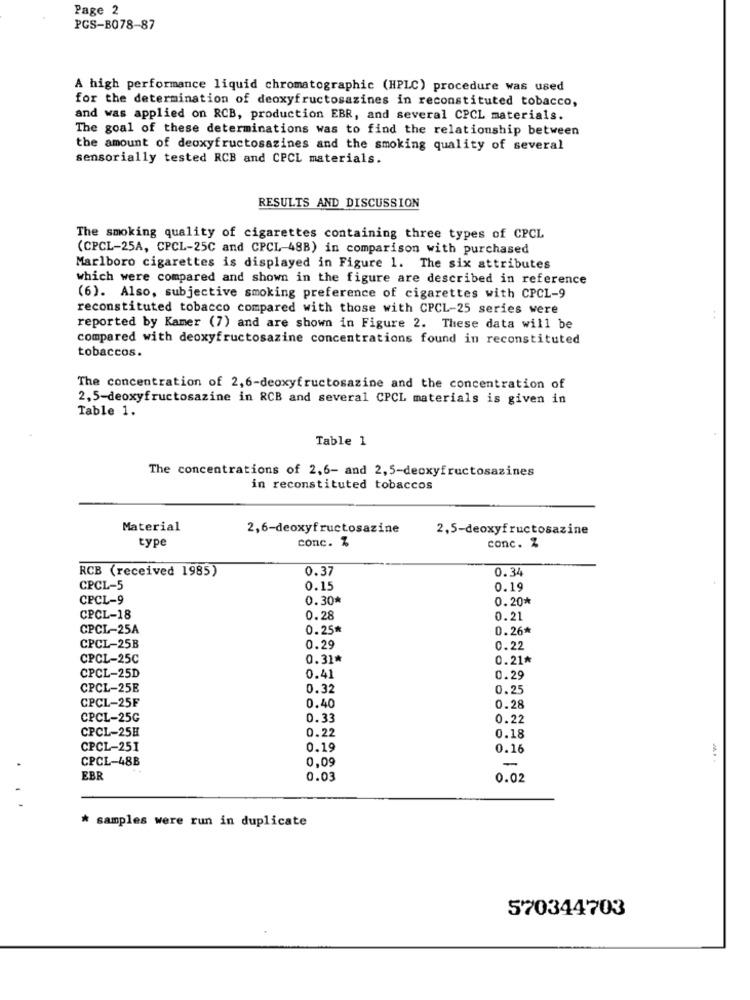
Page 2
PCS-B078-87
A high performance liquid chromatographic (HPLC) procedure was used
for the determination of deoxyfructosazines in reconstituted tobacco,
and was applied on RCB, production EBR, and several CPCL materials.
The goal of these determinations was to find the relationship between
the amount of deoxyfructosazines and the smoking quality of several
sensorially tested RCB and CPCL materials.
RESULTS AND DISCUSSION
The smoking quality of cigarettes containing three types of CPCL
(CPCL-25A, CPCL-25C and CPCL-488) in comparison with purchased
Marlboro cigarettes is displayed in Figure 1. The six attributes
which were compared and shown in the figure are described in reference
(6). Also, subjective smoking preference of cigarettes with CPCL-9
reconstituted tobacco compared with those with CPCL-25 series were
reported by Kamer (7) and are shown in Figure 2. These data will be
compared with deoxyfructosazine concentrations found in reconstituted
tobaccos.
The concentration of 2,6-deoxyfructosazine and the concentration of
2,5-deoxyfructosazine in RCB and several CPCL materials is given in
Table 1.
Table 1
The concentrations of 2,6- and 2,5-deoxyfructosazines
in reconstituted tobaccos
Material
2,6-deoxyfructosazine
2,5-deoxyfructosazine
type
conc. %
conc. Z
RCB (received 1985)
0.37
0.34
CPCL-5
0.15
0.19
CPCL-9
0.30*
0.20*
CPCL-18
0.28
0.21
CPCL-25A
0.25*
0.26*
CPCL-25B
0.29
0.22
CPCL-25C
0.31*
0.21*
CPCL-25D
0.41
0.29
CPCL-25E
0.32
0.25
0.40
CPCL-25F
0.28
CPCL-25G
0.33
0.22
CPCL-25H
0.22
0.18
CPCL-251
0.19
0.16
CPCL-48B
0.09
-
EBR
0.03
0.02
* samples were run in duplicate
570344703